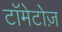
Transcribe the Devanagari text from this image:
टॉमेटोज़